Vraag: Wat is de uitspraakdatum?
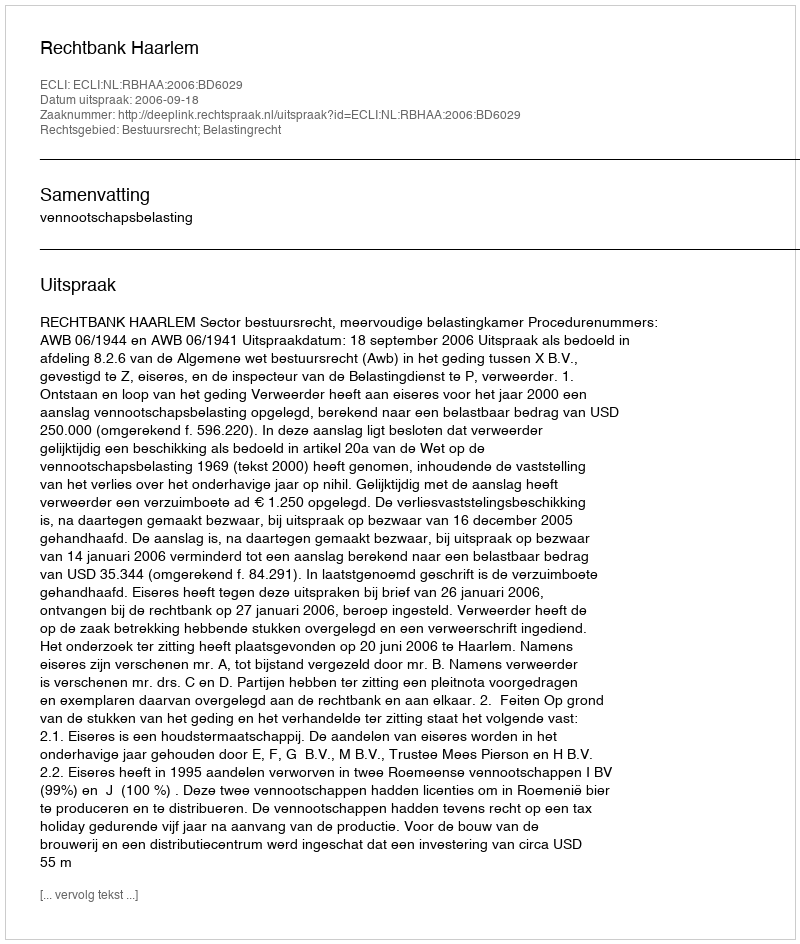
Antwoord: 2006-09-18